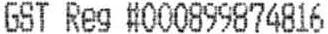
GST REG #000899874816